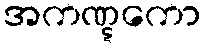
အကဏ္ဋကော